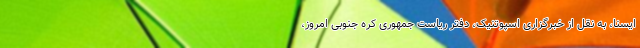
ایسنا، به نقل از خبرگزاری اسپوتنیک، دفتر ریاست جمهوری کره جنوبی امروز،